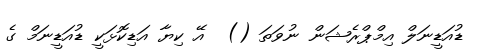
ޑުއަޑީނަލް އިމްޕްރެޝަން ނުވަތަ ()  އޭ ކިޔާ އަޑިކޮޅަކީ ޑުއަޑީނަމް ގެ